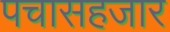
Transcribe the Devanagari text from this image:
पचासहजार